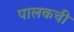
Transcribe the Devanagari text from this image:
पालकची